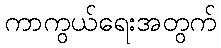
ကာကွယ်ရေးအတွက်